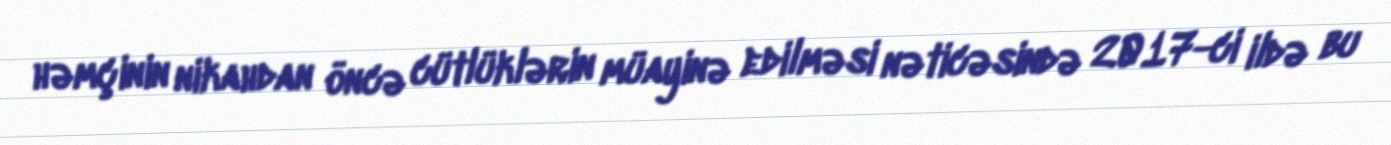
həmçinin nikahdan öncə cütlüklərin müayinə edilməsi nəticəsində 2017-ci ildə bu